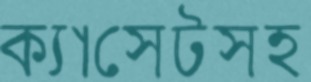
ক্যাসেটসহ